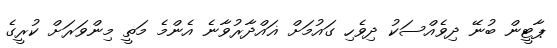
ޕާޓީން ބުނޭ ދިވެއްސަކު ދިވެހި ގައުމަށް ޣައްދާރުވާނެ އެންމެ މަތީ މިންވަރަށް ކުރީގެ